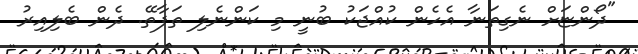
"ދޯންޏަށް ނެގިތަނާ އެހެން ކުއްޖަކު ބުނީ މި ކަންނެލި ތަފާތޭ. ދެން ބެލިއިރު